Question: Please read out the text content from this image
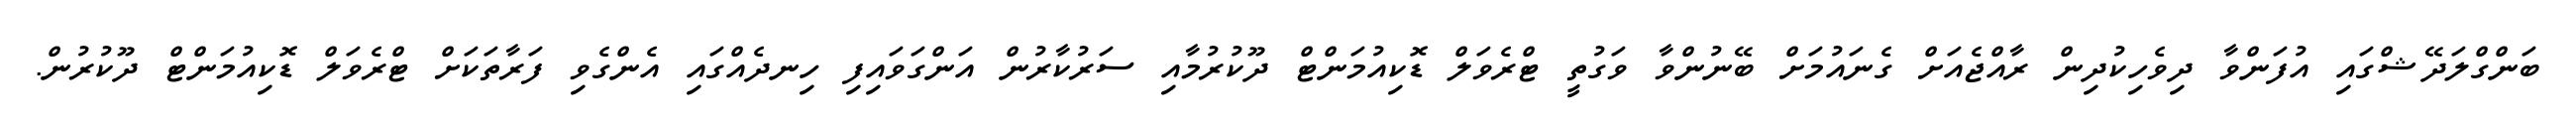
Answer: ބަންގްލަދޭޝްގައި އުފަންވާ ދިވެހިކުދިން ރާއްޖެއަށް ގެނައުމަށް ބޭނުންވާ ވަގުތީ ޓްރެވަލް ޑޮކިއުމަންޓް ދޫކުރުމާއި ސަރުކާރުން އަންގަވައިފި ހިނދެއްގައި އެންގެވި ފަރާތަކަށް ޓްރެވަލް ޑޮކިއުމަންޓް ދޫކުރުން.